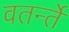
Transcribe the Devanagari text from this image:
वतर्न्ते